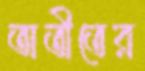
অতীতের